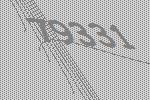
79331